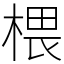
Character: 椳